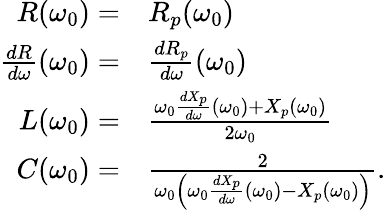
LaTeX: \begin{array}{rl}{R(\omega_{0})=}&{R_{p}(\omega_{0})}\\ {\frac{dR}{d\omega}(\omega_{0})=}&{\frac{dR_{p}}{d\omega}(\omega_{0})}\\ {L(\omega_{0})=}&{\frac{\omega_{0}\frac{dX_{p}}{d\omega}(\omega_{0})+X_{p}(\omega_{0})}{2\omega_{0}}}\\ {C(\omega_{0})=}&{\frac{2}{\omega_{0}\left(\omega_{0}\frac{dX_{p}}{d\omega}(\omega_{0})-X_{p}(\omega_{0})\right)}.}\end{array}